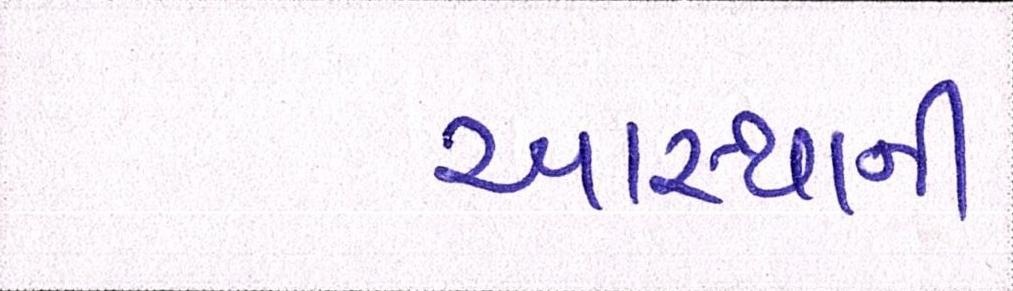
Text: આસ્થાની